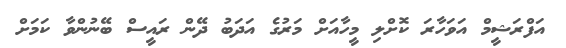
އަފްރަޝީމް އަވަހާރަ ކޮށްލި މީހާއަށް މަރުގެ އަދަބު ދޭން ރައީސް ބޭނުންވާ ކަމަށް